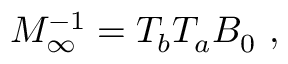
M _ { \infty } ^ { - 1 } = T _ { b } T _ { a } B _ { 0 } \ ,